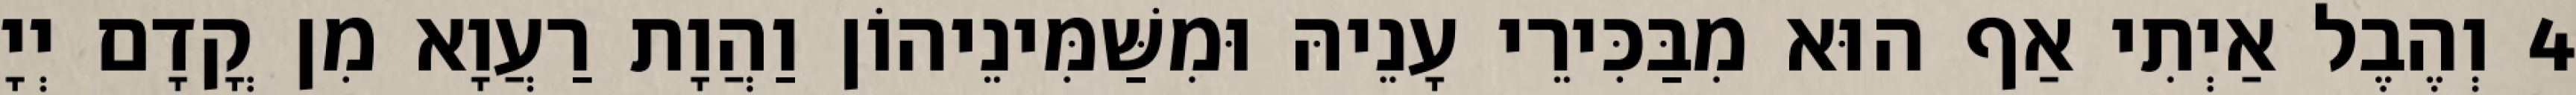
4 וְהֶבֶל אַיְתִי אַף הוּא מִבַּכִּירֵי עָנֵיהּ וּמִשַּׁמִּינֵיהוֹן וַהֲוָת רַעֲוָא מִן קֳדָם יְיָ